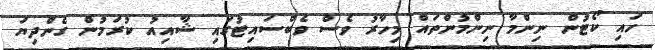
ހައި ކޯޓުން ނިންމާ ނިންމުންތައް މިހާރު ވެސް ވެބްސައިޓުުގައި ޝާއިއު ކުރަމުން ގެންދިޔަ